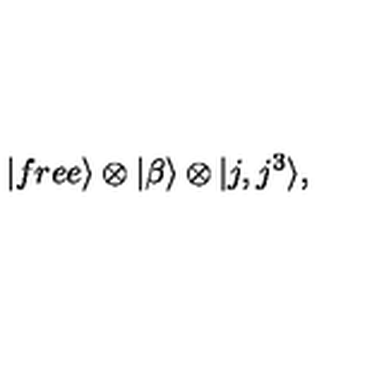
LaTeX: | f r e e \rangle \otimes | \beta \rangle \otimes | j , j ^ { 3 } \rangle ,